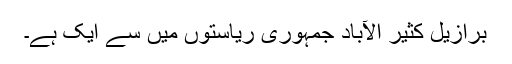
برازیل کثیر الآباد جمہوری ریاستوں میں سے ایک ہے۔